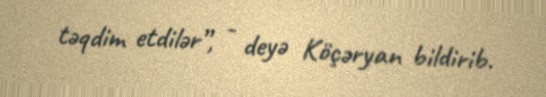
təqdim etdilər”, - deyə Köçəryan bildirib.